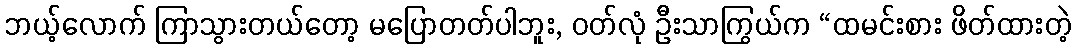
ဘယ့်လောက် ကြာသွားတယ်တော့ မပြောတတ်ပါဘူး, ဝတ်လုံ ဦးသာကြွယ်က “ထမင်းစား ဖိတ်ထားတဲ့